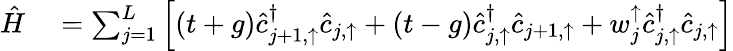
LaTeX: \begin{array}{rl}{\hat{H}}&{{}=\sum_{j=1}^{L}\left[(t+g)\hat{c}_{j+1,\uparrow}^{\dagger}\hat{c}_{j,\uparrow}+(t-g)\hat{c}_{j,\uparrow}^{\dagger}\hat{c}_{j+1,\uparrow}+w_{j}^{\uparrow}\hat{c}_{j,\uparrow}^{\dagger}\hat{c}_{j,\uparrow}\right]}\end{array}